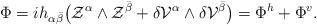
LaTeX: \begin{align*} \Phi = i h_{\alpha\bar{\beta}}\big(\mathcal{Z}^\alpha\wedge\mathcal{Z}^{\bar{\beta}} + \delta\mathcal{V}^\alpha\wedge\delta\mathcal{V}^{\bar{\beta}}\big) = \Phi^h + \Phi^v.\end{align*}